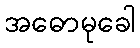
အဓောမုခေါ